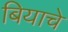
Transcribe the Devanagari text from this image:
बियाचे